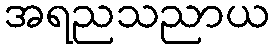
အရညသညာယ